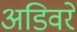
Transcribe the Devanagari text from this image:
अडिवरे